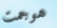
هوجمت